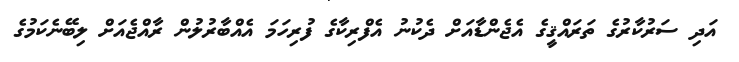
އަދި ސަރުކާރުގެ ތަރައްޤީގެ އެޖެންޑާއަށް ދެކުނު އެފްރިކާގެ ފުރިހަމަ އެއްބާރުލުން ރާއްޖެއަށް ލިބޭނެކަމުގެ